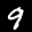
Label: 9